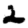
Digit: 2